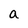
Character: a